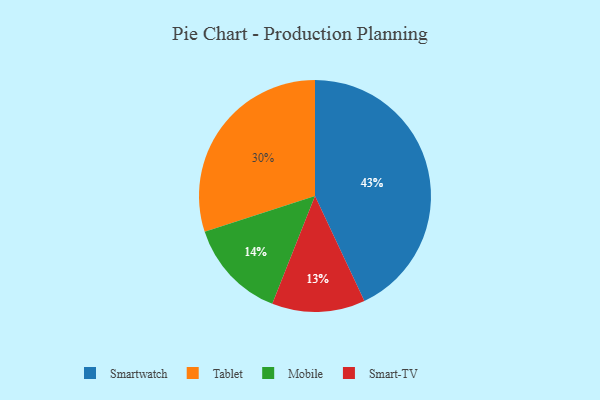
{"axis": {"x": "Category", "y": "Percentage"}, "legend": ["Mobile", "Smart-TV", "Smartwatch", "Tablet"], "data": [{"x": "Mobile", "y": 14, "type": "Mobile"}, {"x": "Tablet", "y": 30, "type": "Tablet"}, {"x": "Smartwatch", "y": 43, "type": "Smartwatch"}, {"x": "Smart-TV", "y": 13, "type": "Smart-TV"}]}